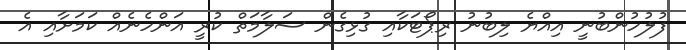
ފުލުހުންބުނީ އިއްޔެ ލިބުނު ރިޕޯޓަކާއި ގުޅިގެން ސަލާމަތް ކުރީ އަންހެނެއް ކަމަށާއި އެ